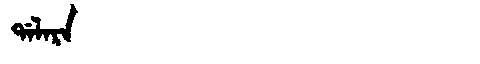
Manchu: ᡩᠠᠯᠠᡵᠠ
Romanization: DALARA